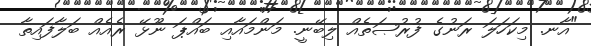
"އާނ. މިކަހަލަ ރަނުގެ ފުރުޞަތެއް ލިބޭނީ. މަންމައާއި ބައްޕަ ނޫޅޭ ރެއެއް ބަލާފައިތާ